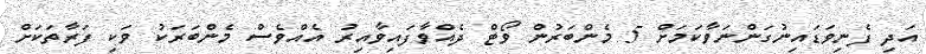
އަދި ފެނިވަޑައިނުގަންނަވާކަމަށް 5 މެންބަރުން ވޯޓް ދެއްވާފައިވާއިރު އެއްވެސް މެންބަރަކު ވަކި ފަރާތަކަށް